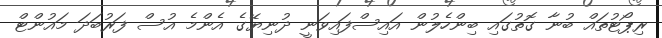
ރިޕޯޓުތައް ބުނާ ގޮތުގައި ބިންހެލުން އައިސްފައިވަނީ ދުނިޔޭގެ އެންމެ އުސް ފަރުބަދަ މައުންޓް